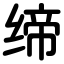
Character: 缔